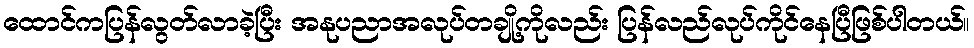
ထောင်ကပြန်လွတ်လာခဲ့ပြီး အနုပညာအလုပ်တချို့ကိုလည်း ပြန်လည်လုပ်ကိုင်နေပြီဖြစ်ပါတယ်။